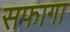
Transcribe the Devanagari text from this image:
सफागा